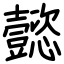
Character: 懿